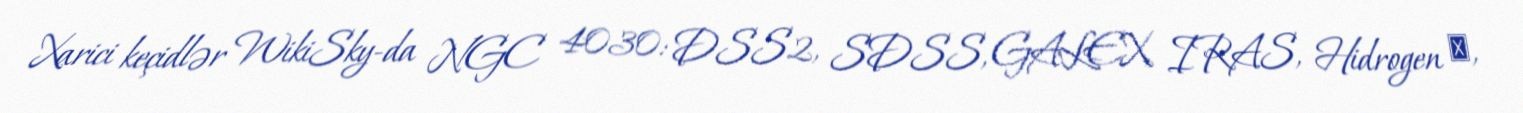
Xarici keçidlər WikiSky-da NGC 4030: DSS2, SDSS, GALEX, IRAS, Hidrogen α,